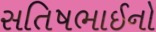
સતિષભાઈનો